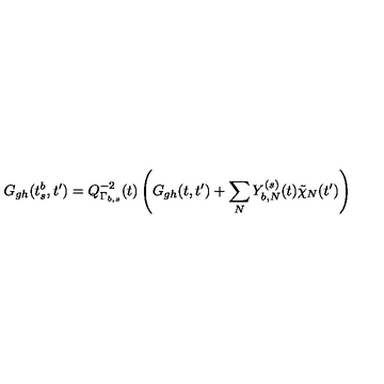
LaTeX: G _ { g h } ( t _ { s } ^ { b } , t ^ { \prime } ) = Q _ { \Gamma _ { b , s } } ^ { - 2 } ( t ) \left( G _ { g h } ( t , t ^ { \prime } ) + \sum _ { N } Y _ { b , N } ^ { ( s ) } ( t ) \tilde { \chi } _ { N } ( t ^ { \prime } ) \right)